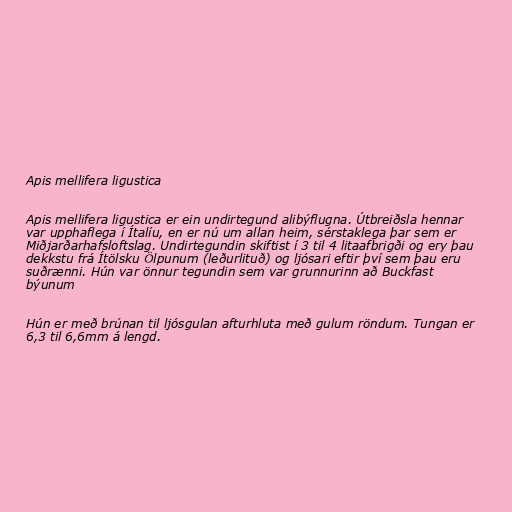
Apis mellifera ligustica

Apis mellifera ligustica er ein undirtegund alibýflugna. Útbreiðsla hennar
var upphaflega í Ítalíu, en er nú um allan heim, sérstaklega þar sem er
Miðjarðarhafsloftslag. Undirtegundin skiftist í 3 til 4 litaafbrigði og ery þau
dekkstu frá Ítölsku Ölpunum (leðurlituð) og ljósari eftir því sem þau eru
suðrænni. Hún var önnur tegundin sem var grunnurinn að Buckfast
býunum

Hún er með brúnan til ljósgulan afturhluta með gulum röndum. Tungan er
6,3 til 6,6mm á lengd.